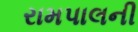
રામપાલની